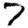
Digit: 7